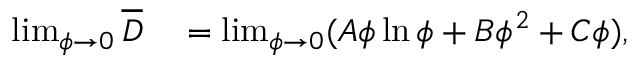
\begin{array} { r l } { \operatorname* { l i m } _ { \phi \to 0 } \overline { { D } } } & { { } = \operatorname* { l i m } _ { \phi \to 0 } ( A \phi \ln \phi + B \phi ^ { 2 } + C \phi ) , } \end{array}